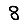
Digit: 8